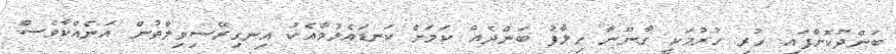
ބަންދުކޮށްފައި ހުރި ހުރުމަކީ ގާނޫނާ ހިލާފު ބަންދެއް ކަމަށް ކަނޑައެޅުމާއެކު އިނގިރޭސިވިލާތުން އަނެއްކާވެސް